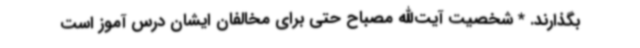
بگذارند. * شخصیت آیت‌الله مصباح حتی برای مخالفان ایشان درس آموز است